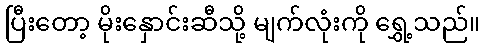
ပြီးတော့ မိုးနှောင်းဆီသို့ မျက်လုံးကို ရွှေ့သည်။